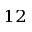
^ { 1 2 }